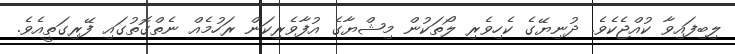
ލިބިފައިވާ ކުއްޖެކެވެ. ދުނިޔޭގެ ކެހިވެރި ލޯތަކުން މިޝްޔާގެ އުފާވެރިކަން ރަހުމެއް ނެތްގޮތުގައި ފޭރިގަތީއެވެ.